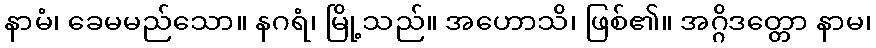
နာမံ၊ ခေမမည်သော။ နဂရံ၊ မြို့သည်။ အဟောသိ၊ ဖြစ်၏။ အဂ္ဂိဒတ္တော နာမ၊